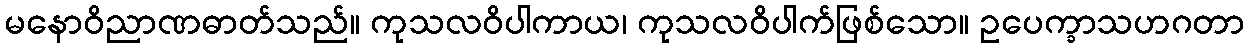
မနောဝိညာဏဓာတ်သည်။ ကုသလဝိပါကာယ၊ ကုသလဝိပါက်ဖြစ်သော။ ဥပေက္ခာသဟဂတာ